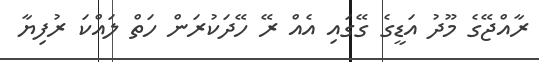
ރާއްޖޭގެ މޫދު އަޑީގެ ގޭގައި އެއް ރޭ ހޭދަކުރަން ހަތް ލައްކަ ރުފިޔާ